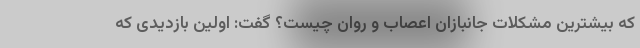
که بیشترین مشکلات جانبازان اعصاب و روان چیست؟ گفت: اولین بازدیدی که